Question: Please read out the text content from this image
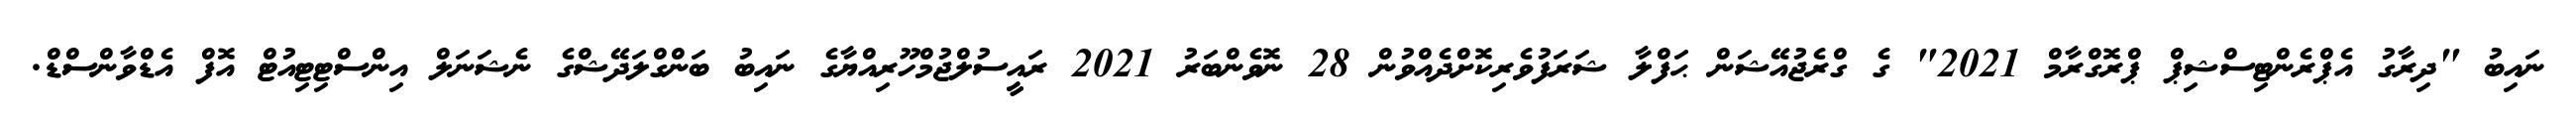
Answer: ނައިބު "ދިރާގު އެޕްރެންޓިސްޝިޕް ޕްރޮގްރާމް 2021" ގެ ގްރެޖުއޭޝަން ޙަފްލާ ޝަރަފުވެރިކޮށްދެއްވުން 28 ނޮވެންބަރު 2021 ރައީސުލްޖުމްހޫރިއްޔާގެ ނައިބު ބަންގްލަދޭޝްގެ ނެޝަނަލް އިންސްޓިޓިއުޓް އޮފް އެޑްވާންސްޑް.